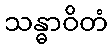
သန္ဓာဝိတံ